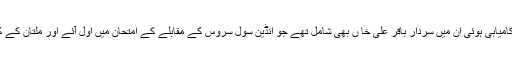
جن مشاہیر کے انٹرویو کرنے میں کامیابی ہوئی ان میں سردار باقر علی خا ں بھی شامل تھے جو انڈین سول سروس کے مقابلے کے امتحان میں اول آئے اور ملتان کے کمشنر کے عہدے سے ریٹائر ہوئے۔